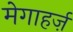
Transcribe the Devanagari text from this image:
मेगाहर्ज़